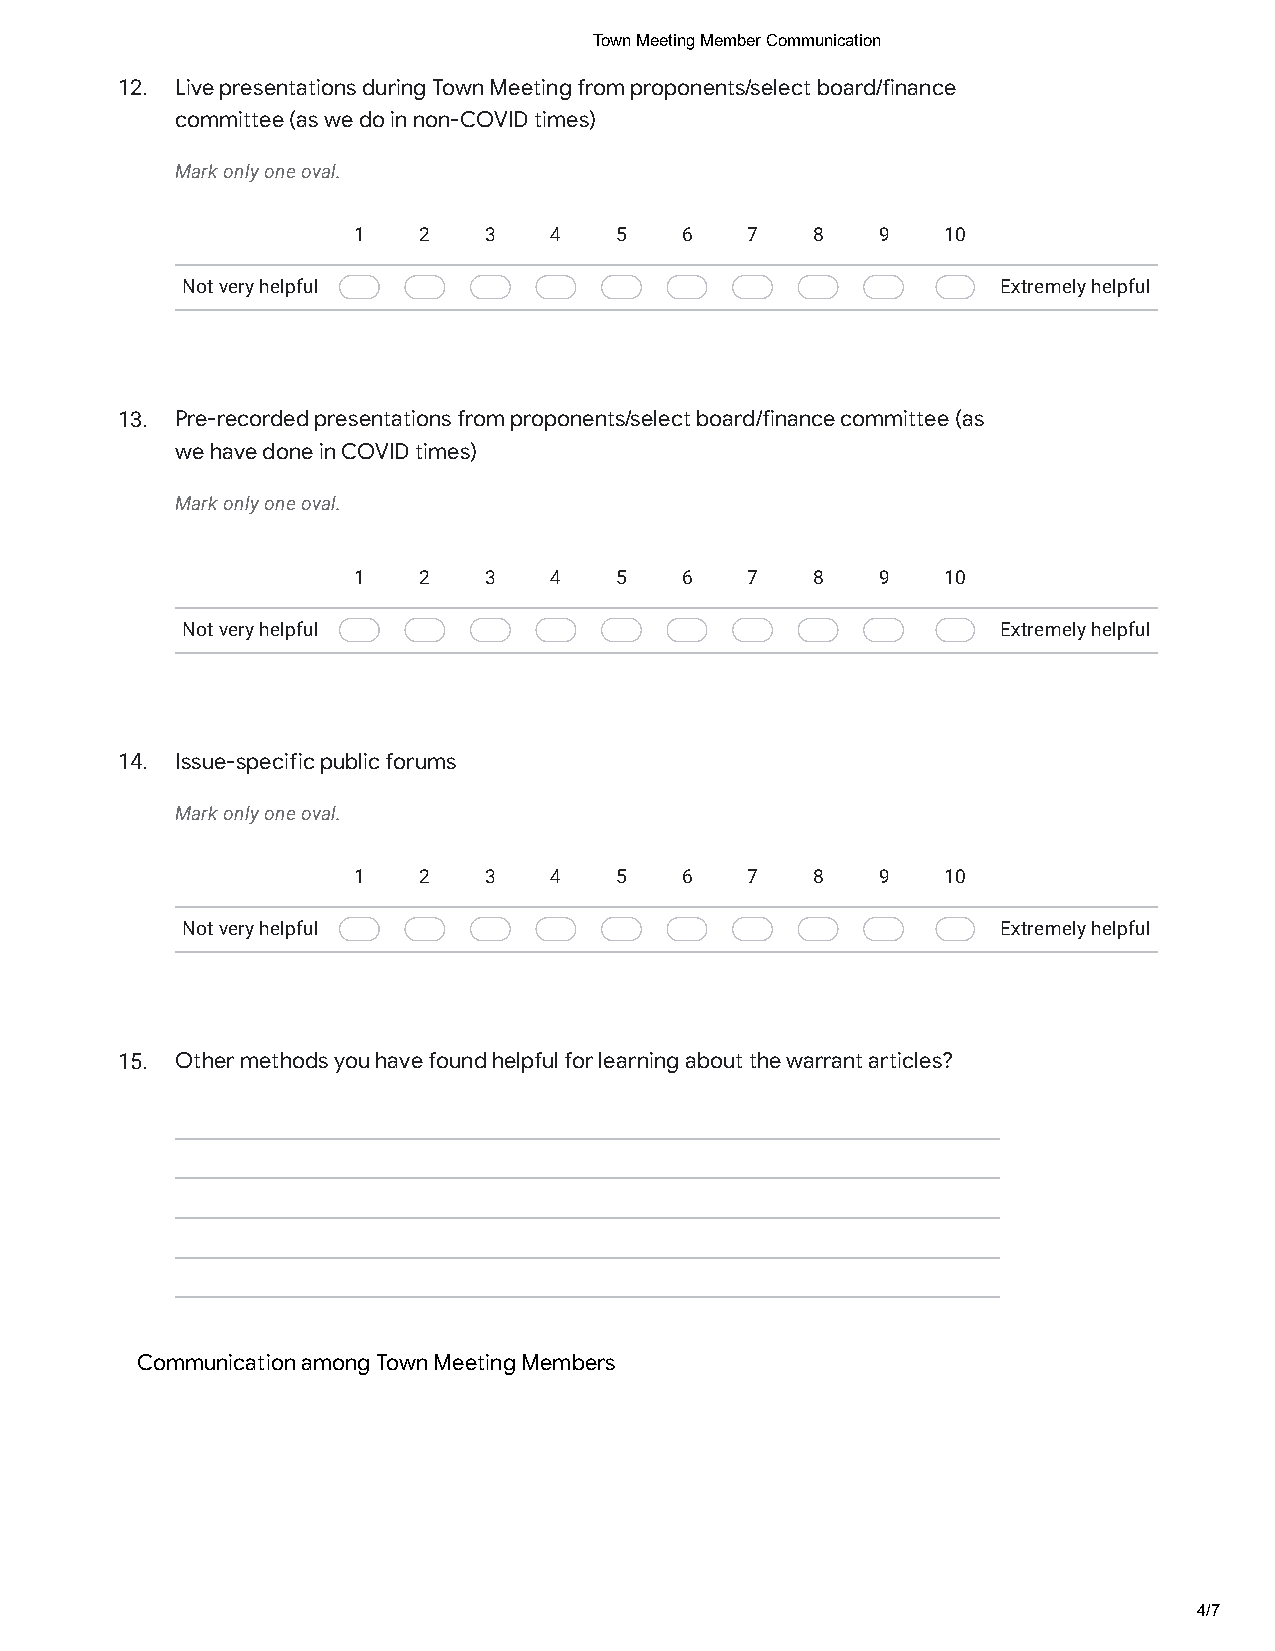
Town Meeting Member Communication
 12. Live presentations during Town Meeting from proponents/select board/finance
 committee (as we do in non-COVID times)
 Mark only one oval.
 1    2   3   4    5   6   7    8   9    10
 Not very helpful                                      Extremely helpful
 13. Pre-recorded presentations from proponents/select board/finance committee (as
 we have done in COVID times)
 Mark only one oval.
 1    2   3   4    5   6   7    8   9    10
 Not very helpful                                      Extremely helpful
 14. Issue-specific public forums
 Mark only one oval.
 1    2   3   4    5   6   7    8   9    10
 Not very helpful                                      Extremely helpful
 15. Other methods you have found helpful for learning about the warrant articles?
 Communication among Town Meeting Members
 4/7